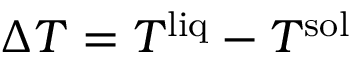
\Delta T = T ^ { \mathrm { l i q } } - T ^ { \mathrm { s o l } }